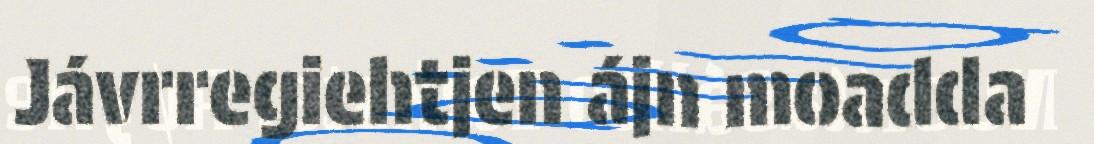
Jávrregiehtjen ájn moadda